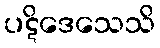
ပဋိဒေသေသိ